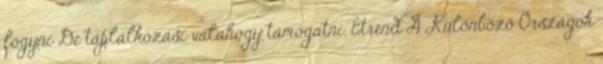
fogyni De táplálkozási valahogy támogatni. Étrend A Különböző Országok